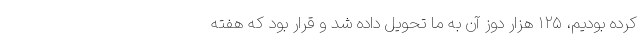
کرده بودیم، ۱۲۵ هزار دوز آن به ما تحویل داده شد و قرار بود که هفته